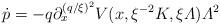
LaTeX: \begin{align*}\dot{p}=-q{\textstyle\partial^{(q/\xi)^2}_x}V(x,\xi^{-2}K,\xi{\mit\Lambda}){\mit\Lambda}^2\end{align*}